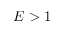
E > 1